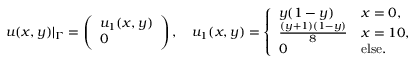
\begin{array} { r } { \boldsymbol { u } ( x , y ) | _ { \Gamma } = \left( \begin{array} { l } { u _ { 1 } ( x , y ) } \\ { 0 } \end{array} \right) , \quad u _ { 1 } ( x , y ) = \left\{ \begin{array} { l l } { y ( 1 - y ) } & { x = 0 , } \\ { \frac { ( y + 1 ) ( 1 - y ) } 8 } & { x = 1 0 , } \\ { 0 } & { \mathrm { e l s e } . } \end{array} \right. } \end{array}